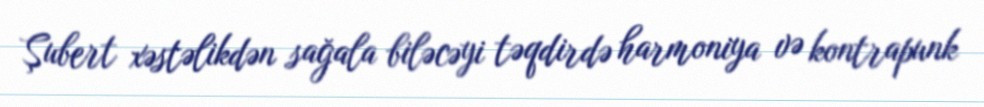
Şubert xəstəlikdən sağala biləcəyi təqdirdə harmoniya və kontrapunk